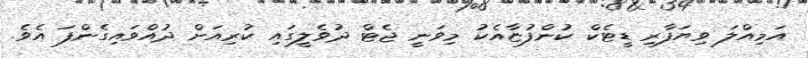
އަމިއްލަ ވިޔަފާރި ޑީޓެކް ކުންފުޏާއެކު މިވަނީ ޖެޓް ދުވެލީގައި ކުރިއަށް ދުއްވައިގެންފަ އެވެ.